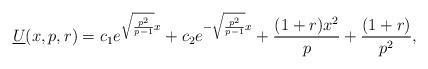
LaTeX: \begin{align*}\underline{U}(x,p,r)=c_1e^{\sqrt{\frac{p^2}{p-1}}x}+c_2e^{-\sqrt{\frac{p^2}{p-1}}x}+\frac{(1+r)x^2}{p}+\frac{(1+r)}{p^2},\end{align*}